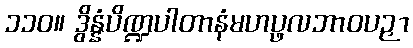
၁၁၀။ ဒွိန္နံပိဏ္ဍပါတာနံမဟပ္ဖလဘာဝပဉှာ